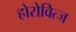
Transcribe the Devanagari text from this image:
होरोवित्ज